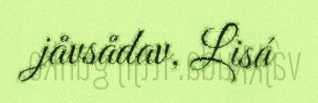
jåvsådav, Lisá